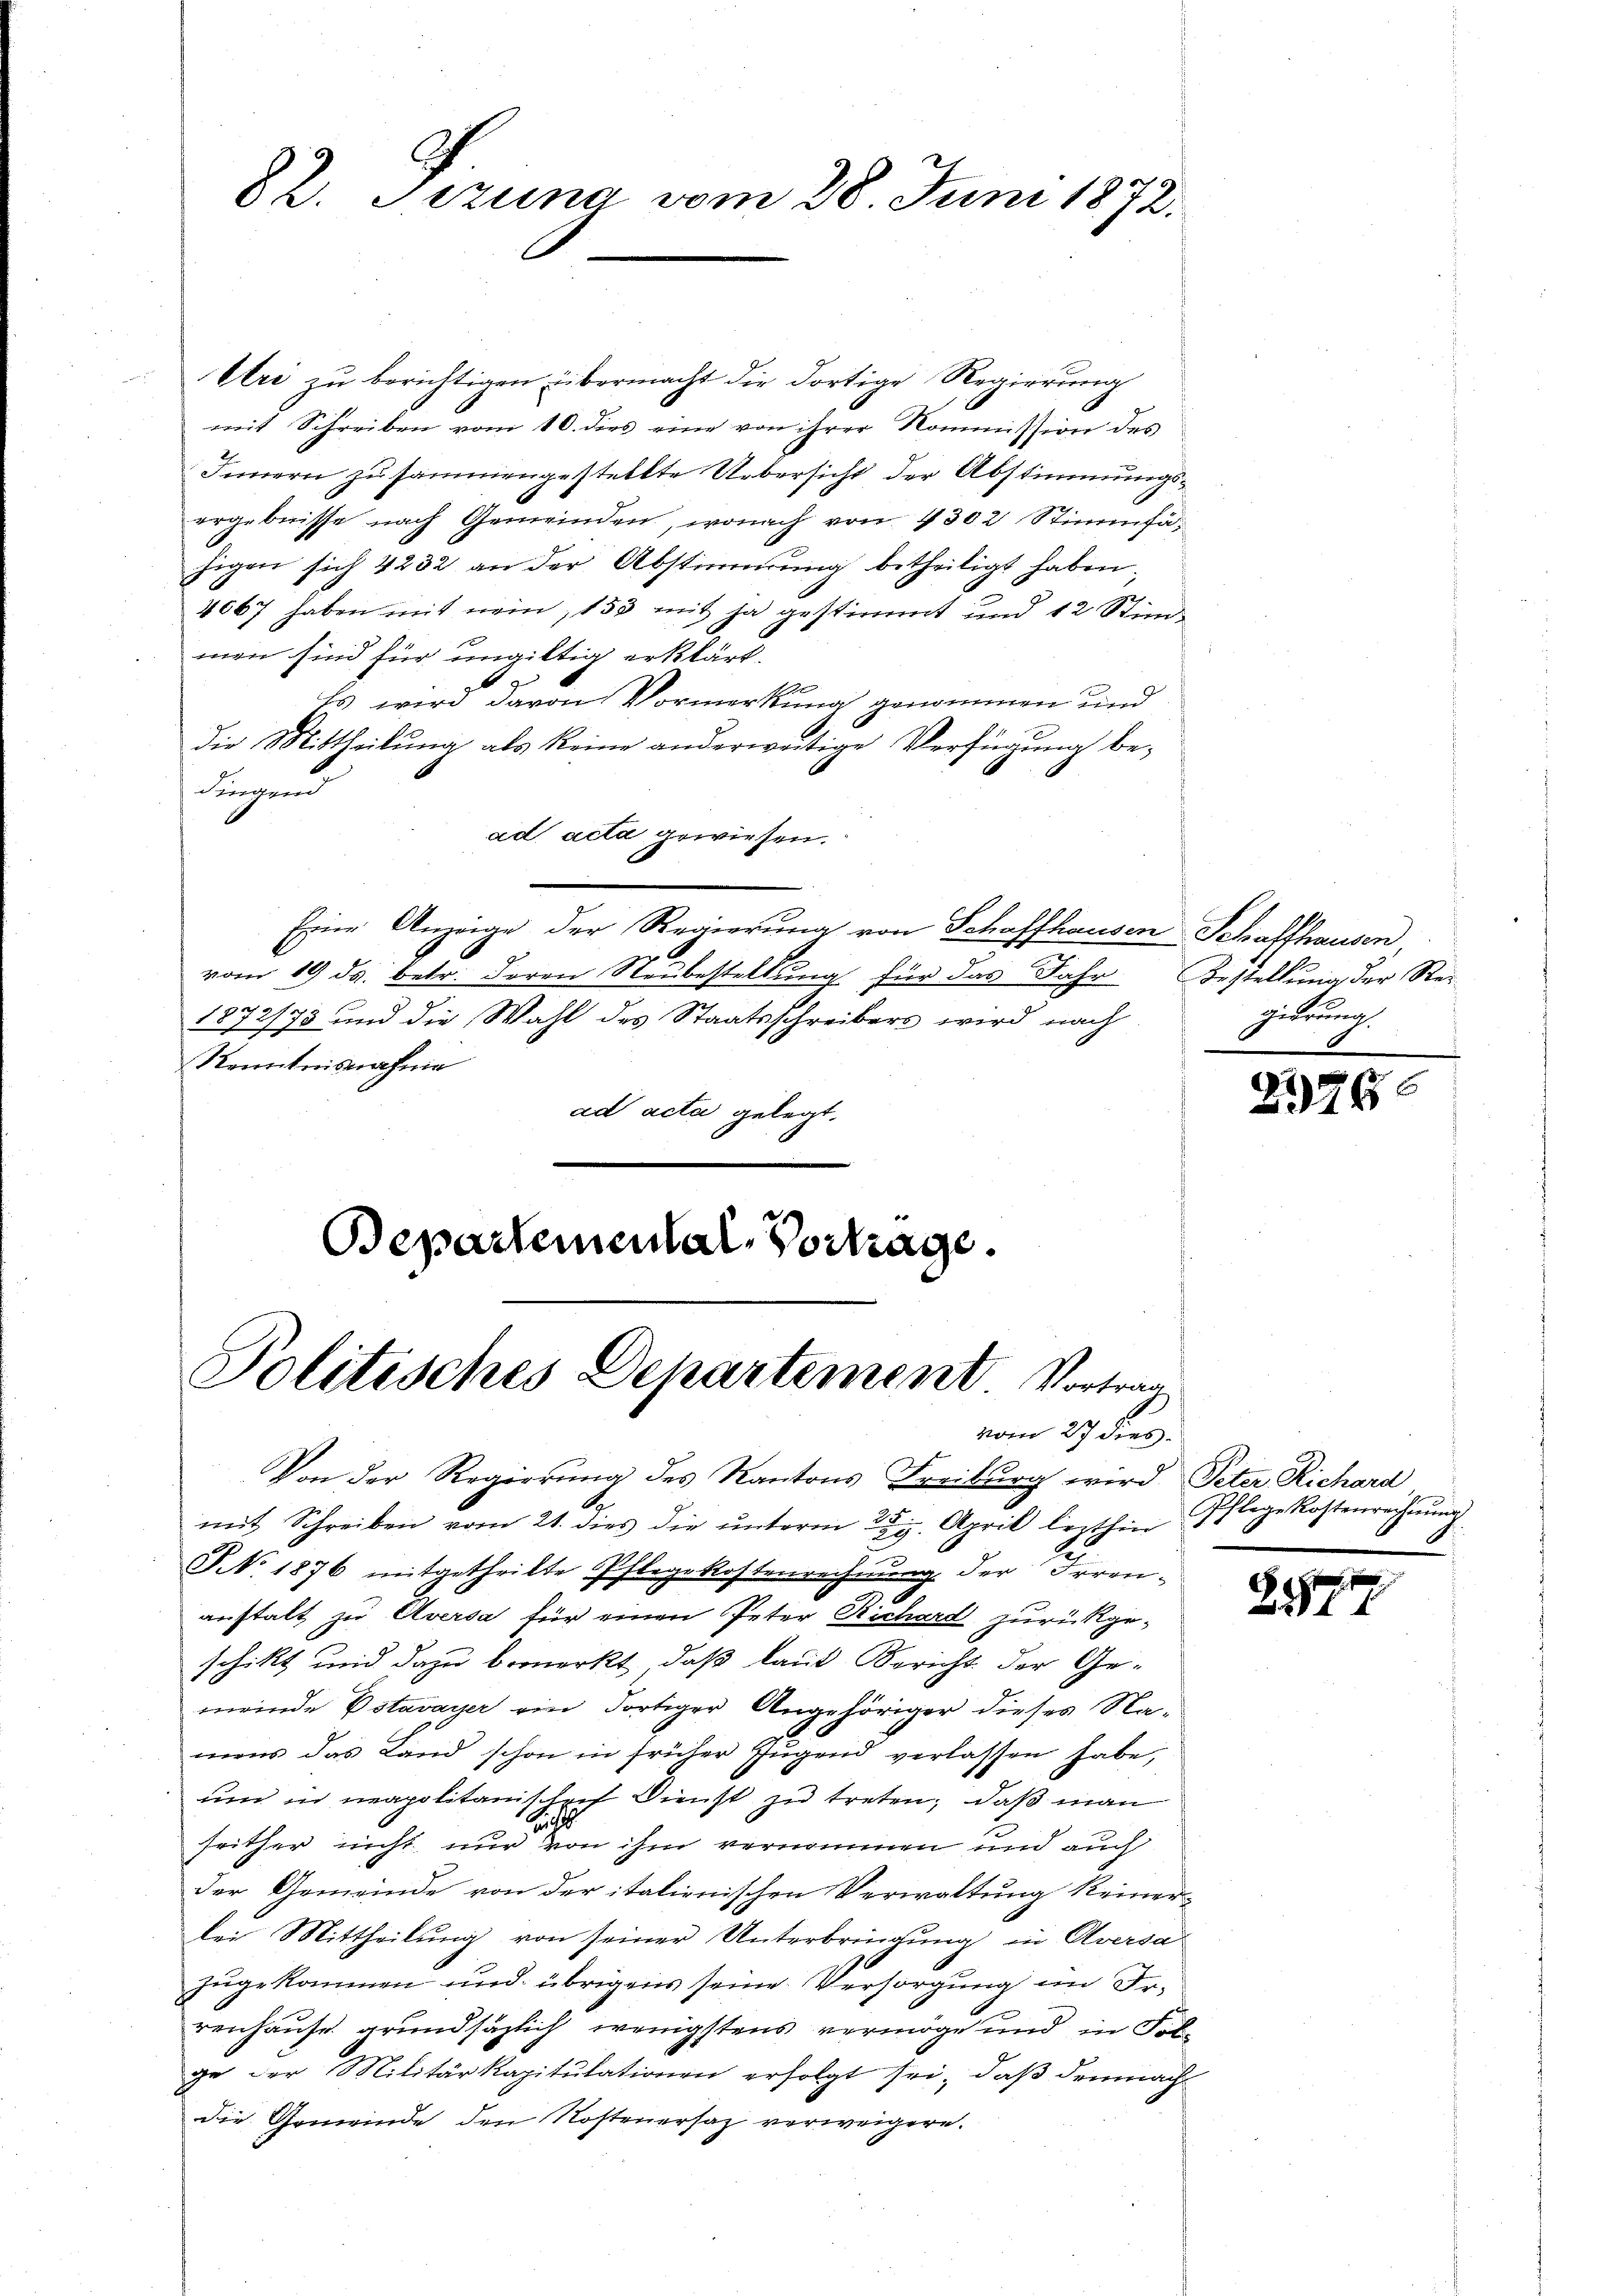
82. Sizung vom 28. Juni 1872.

Uri zu berichtigen übermacht die dortige Regierung
mit Schreiben vom 10. dies eine von ihrer Kommission des
Innern zusammengestellte Uebersicht der Abstimmungsergeberisse nach Gemeinden, wonach von 4302 Stimmfähigen sich 4232 an der Abstimmung betheiligt haben,
4067 haben mit nein, 153 mit ja gestimmt und 12 Stindmen sind für ungültig erklärt,
Es wird davon Vormerkung genommen und
die Mittheilung als keine anderweitige Verfügung be¬
Fugend
ad acta gewiesen.
Eine Anzeige der Regierung von Schaffhausen Schaffhausen
vom 19. ds. betr. Foren Neubestellung für das Jahr Bestellung der Re¬
1872/73 und die Wahl des Staatsschreibers wird nach
Kenntnisnahme
ad acta gelegt.
Bepartemental-Vortrage.

Politisches Departement. Vortrag
vom 27 dies
Von der Regierung des Kantons Freiburg wird Peter Richard
mit Schreiben vom 21. dies die unterm 29. April lezthin

§ No. 1876 mitgetheilte Pflegekostenrechnung der Irrenanstalt zu Aversa für einen Peter Richard zurückgeschikt und dazu bemerkt, daß laut Bericht der Ge-
meinde Estavayer ein dortiger Angehöriger dieses Namens das Land schon in früher Jugend verlassen habe,
und in neapolitanischef Dienst zu treten; daß man
seither nicht nur von ihm vernommen und auch
der Gemeinde von der italienischen Verwaltung keinerlei Mittheilung von seiner Unterbringung in Aversa
zugekommen und übrigens seine Versorgung im Ir¬
.
renhause grundsätzlich wenigstens vermöge und in Folge der Militärkapitulationen erfolgt sei, daß demnach
die Gemeinde den Kostenersaz verweigern.

gierung

276

Pflege Kostenrechnŭng

8877